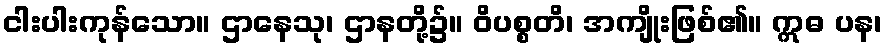
ငါးပါးကုန်သော။ ဌာနေသု၊ ဌာနတို့၌။ ဝိပစ္စတိ၊ အကျိုးဖြစ်၏။ ဣဓ ပန၊